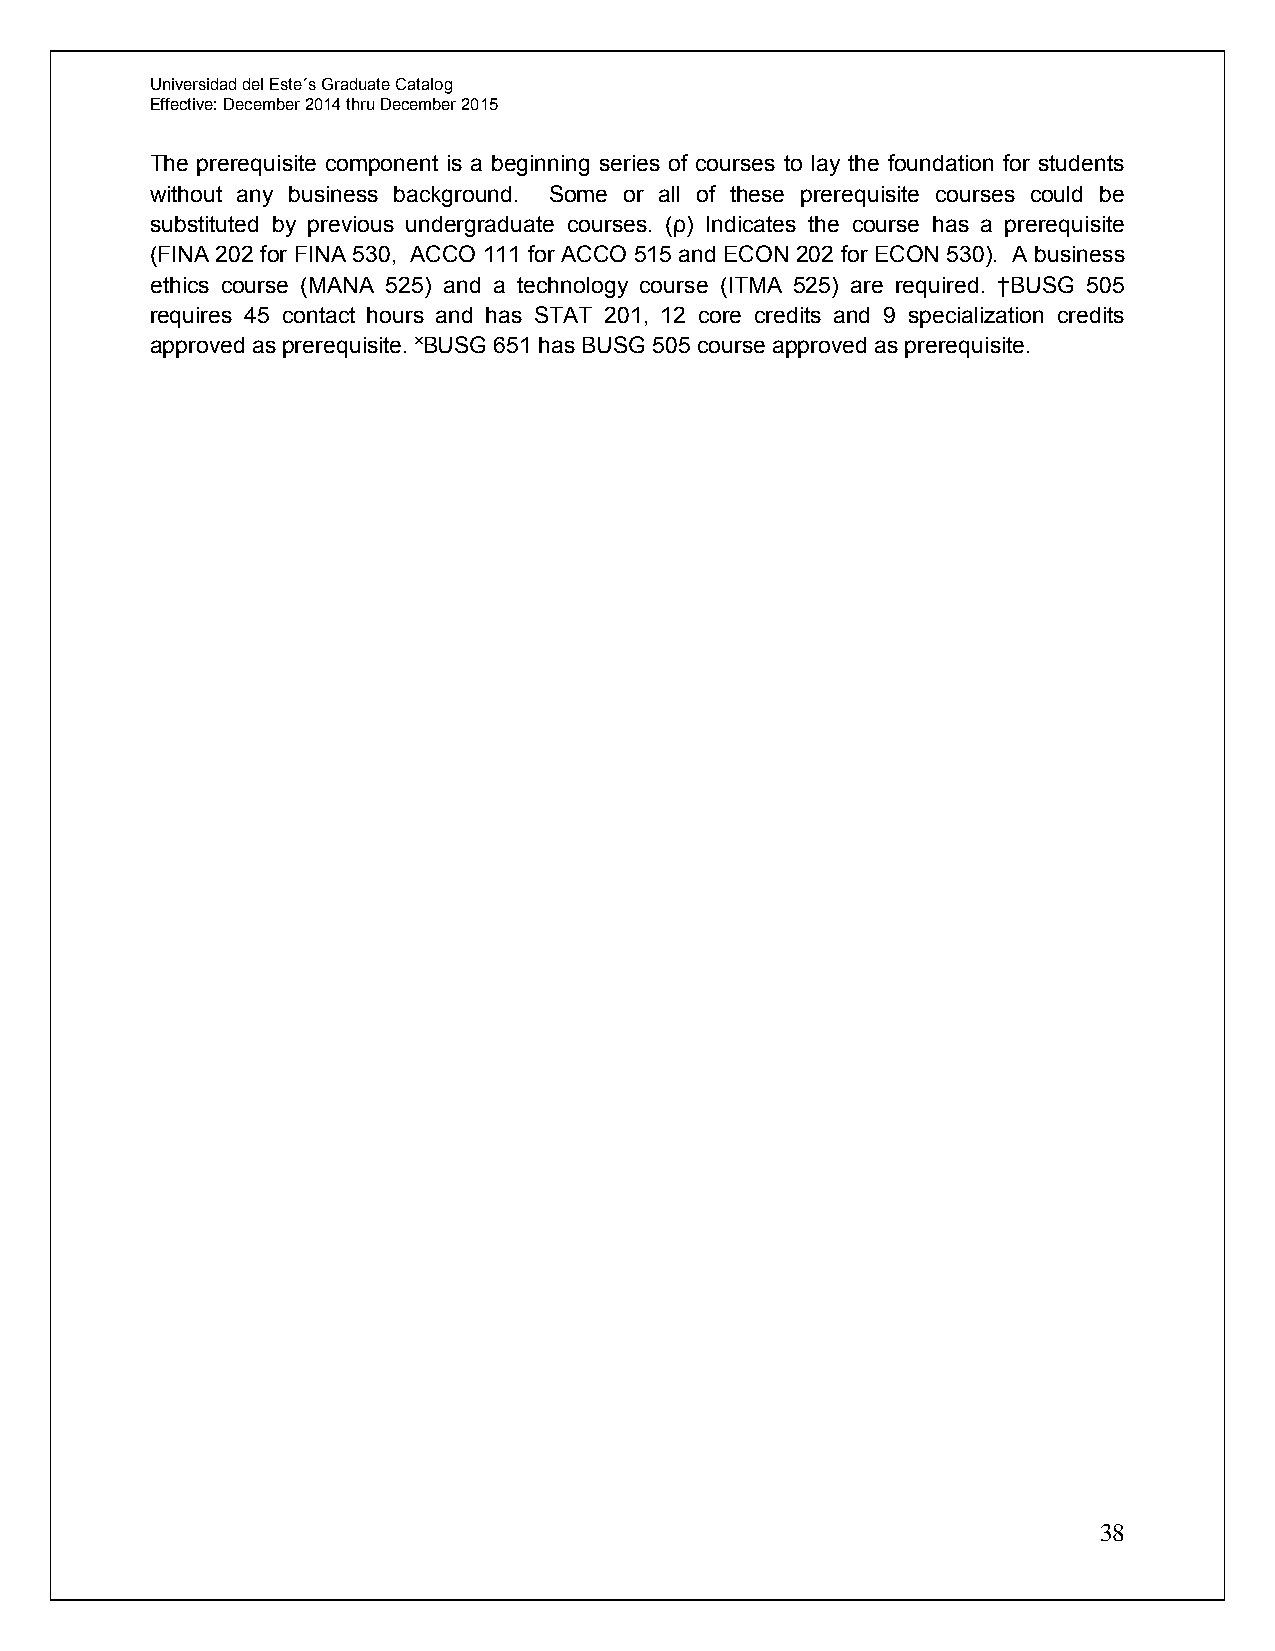
Universidad del Este´s Graduate Catalog
 Effective: December 2014 thru December 2015
 The prerequisite component is a beginning series of courses to lay the foundation for students
 without any business background. Some or all of these prerequisite courses could be
 substituted by previous undergraduate courses. (ρ) Indicates the course has a prerequisite
 (FINA 202 for FINA 530, ACCO 111 for ACCO 515 and ECON 202 for ECON 530). A business
 ethics course (MANA 525) and a technology course (ITMA 525) are required. †BUSG 505
 requires 45 contact hours and has STAT 201, 12 core credits and 9 specialization credits
 approved as prerequisite. ˟BUSG 651 has BUSG 505 course approved as prerequisite.
 38